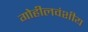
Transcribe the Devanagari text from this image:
गोहीलवंशीय